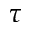
\tau